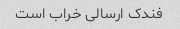
فندک ارسالی خراب است